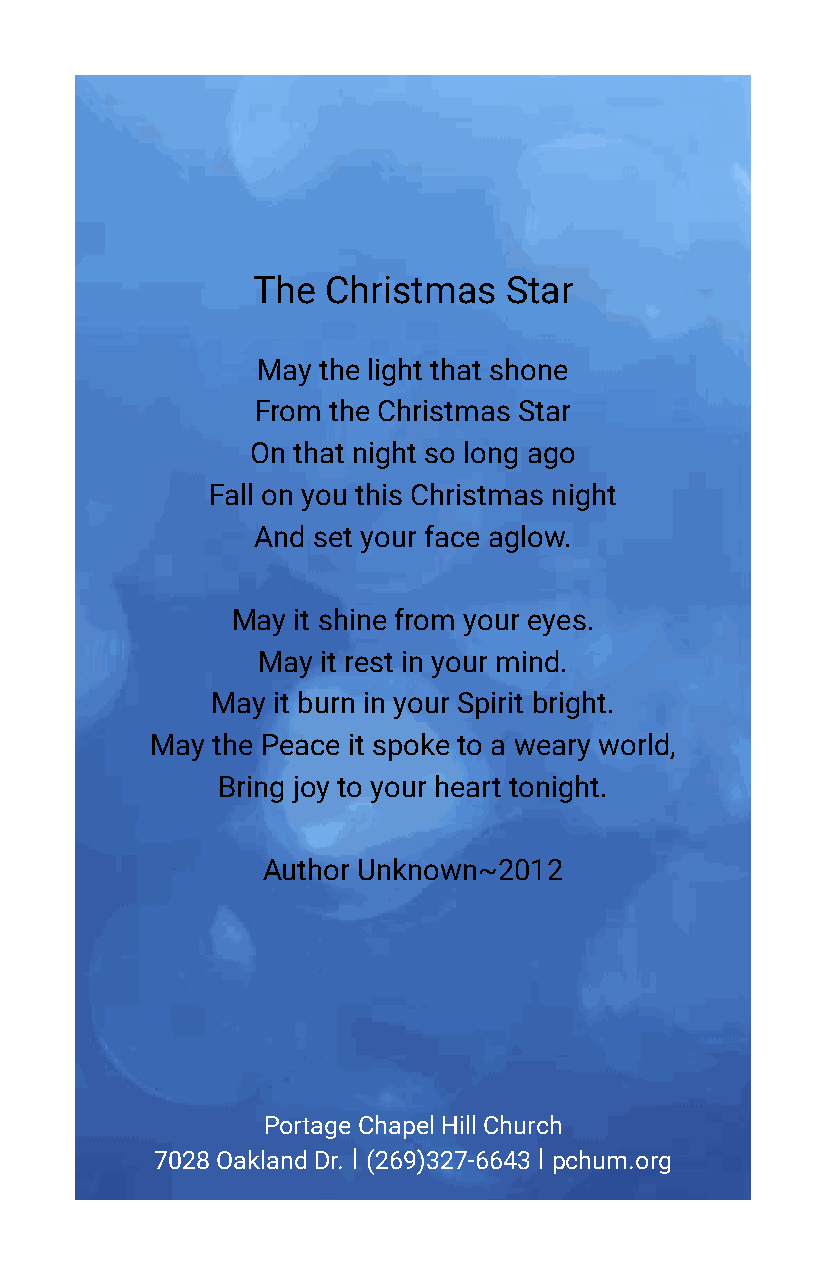
The Christmas   Star
 May the light that shone
 From the Christmas Star
 On that night so long ago
 Fall on you this Christmas night
 And set your face aglow.
 May it shine from your eyes.
 May it rest in your mind.
 May it burn in your Spirit bright.
 May the Peace it spoke to a weary world,
 Bring joy to your heart tonight.
 Author Unknown~2012
 Portage Chapel Hill Church
 7028 Oakland Dr. I (269)327-6643 I pchum.org